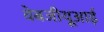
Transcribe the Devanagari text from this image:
वेबजीयूआई